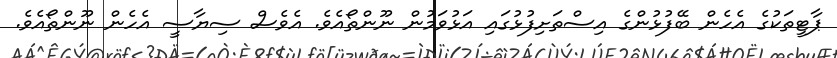
ޕާޓީތަކުގެ އެހެން ބޭފުޅުންގެ އިސްތަށިފުޅުގައި އަޅުވަމުން ނޫންތޯއެވެ. އެވެސް ސިޔާސީ އެހެން ނޫންތޯއެވެ.